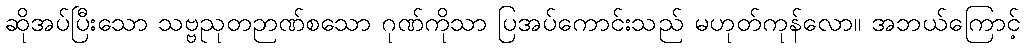
ဆိုအပ်ပြီးသော သဗ္ဗညုတဉာဏ်စသော ဂုဏ်ကိုသာ ပြအပ်ကောင်းသည် မဟုတ်ကုန်လော။ အဘယ်ကြောင့်